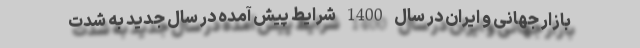
بازار جهانی و ایران در سال 1400 شرایط پیش آمده در سال جدید به شدت